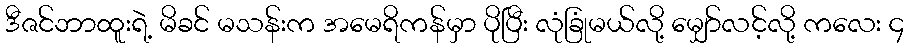
ဒီဇင်ဘာထူးရဲ့ မိခင် မသန်းက အမေရိကန်မှာ ပိုပြီး လုံခြုံမယ်လို့ မျှော်လင့်လို့ ကလေး ၄